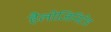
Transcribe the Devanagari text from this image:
हैलोजिनिटेड